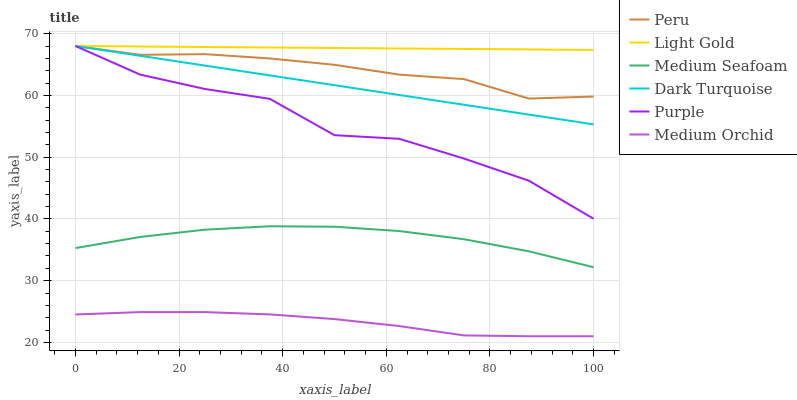
| xaxis_label | Peru | Light Gold | Medium Seafoam | Dark Turquoise | Purple | Medium Orchid |
 | --- | --- | --- | --- | --- | --- | --- |
 | 0 | 68 | 68 | 35.3 | 68 | 68 | 24.5 |
 | 12.5 | 66.6 | 67.9 | 37.1 | 66.4 | 63.4 | 24.9 |
 | 25 | 66.7 | 67.8 | 38.3 | 64.8 | 61 | 24.9 |
 | 37.5 | 66 | 67.8 | 38.8 | 63.2 | 59.4 | 24.5 |
 | 50 | 65 | 67.7 | 38.7 | 61.7 | 53.6 | 23.8 |
 | 62.5 | 63.4 | 67.6 | 38 | 60.1 | 53 | 22.6 |
 | 75 | 62.6 | 67.5 | 36.7 | 58.5 | 49.8 | 21.1 |
 | 87.5 | 59.5 | 67.4 | 34.8 | 56.9 | 46.2 | 21 |
 | 100 | 59.8 | 67.4 | 32.2 | 55.3 | 40 | 21 |